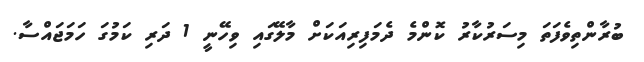
ބުރާންތިވެފަތަ މިސަރުކާރު ކޮންމެ ދެމަފިރިއަކަށް މާލޭގައި ވިހޭނީ 1 ދަރި ކަމުގަ ހަމަޖައްސާ.